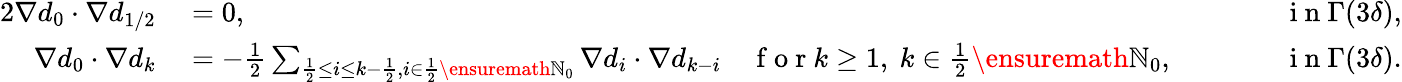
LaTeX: \begin{array}{rlrl}{{2}\nabla d_{0}\cdot\nabla d_{1/2}}&{{}=0,}&{\qquad}&{{}\mathrm{~i~n~}\Gamma(3\delta),}\\ {\nabla d_{0}\cdot\nabla d_{k}}&{{}=-\frac{1}{2}\sum_{\frac{1}{2}\leq i\leq k-\frac{1}{2},i\in\frac 12\ensuremath{\mathbb{N}}_{0}}\nabla d_{i}\cdot\nabla d_{k-i}\quad\mathrm{~f~o~r~}k\geq 1,\ k\in\frac 12\ensuremath{\mathbb{N}}_{0},}&{\qquad}&{{}\mathrm{~i~n~}\Gamma(3\delta).}\end{array}